Civil Veterinary Department Bihar reports 1936-40 - 1936-1940
Year: 1936
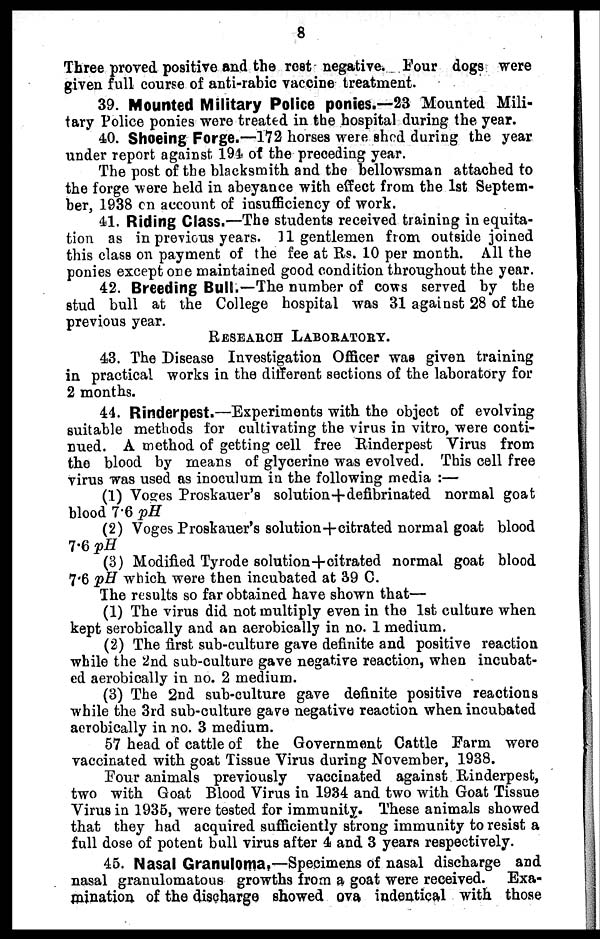
8
Three proved positive and the rest negative. Four dogs were
given full course of anti-rabic vaccine treatment.
39. Mounted Military Police ponies.—23 Mounted Mili-
tary Police ponies were treated in the hospital during the year.
40. Shoeing Forge.—172 horses were shod during the year
under report against 194 of the preceding year.
The post of the blacksmith and the bellowsman attached to
the forge were held in abeyance with effect from the 1st Septem-
ber, 1938 on account of insufficiency of work.
41. Riding Class.—The students received training in equita-
tion as in previous years. 11 gentlemen from outside joined
this class on payment of the fee at Rs. 10 per month. All the
ponies except one maintained good condition throughout the year.
42. Breeding Bull—The number of cows served by the
stud bull at the College hospital was 31 agaiust 28 of the
previous year.
RESEARCH LABORATORY.
43. The Disease Investigation Officer wa8 given training
in practical works in the different sections of the laboratory for
2 months.
44. Rinderpest.—Experiments with the object of evolving
suitable methods for cultivating the virus in vitro, were conti-
nued. A method of getting cell free Rinderpest Virus from
the blood by means of glycerine was evolved. This cell free
virus was used as inoculum in the following media :—
(1) Voges Proskauer's solution+defibrinated normal goat
blood 7.6 pH
(2) Voges Proskauer's solution+citrated normal goat blood
7.6 pH
(3) Modified Tyrode solution+citrated normal goat blood
7.6 pH which were then incubated at 39 C.
The results so far obtained have shown that—
(1) The virus did not multiply even in the 1st culture when
kept serobically and an aerobically in no. 1 medium.
(2) The first sub-culture gave definite and positive reaction
while the 2nd sub-culture gave negative reaction, when incubat-
ed aerobically in no. 2 medium.
(3) The 2nd sub-culture gave definite positive reactions
while the 3rd sub-culture gave negative reaction when incubated
aerobically in no. 3 medium.
57 head of cattle of the Government Cattle Farm were
vaccinated with goat Tissue Virus during November, 1938.
Four animals previously vaccinated against Rinderpest,
two with Goat Blood Virus in 1934 and two with Goat Tissue
Virus in 1935, were tested for immunity. These animals showed
that they had acquired sufficiently strong immunity to resist a
full dose of potent bull virus after 4 and 3 years respectively.
45. Nasal Granuloma.—Specimens of nasal discharge and
nasal granulomatous growths from a goat were received.
Exa-
mination of the discharge showed ova indentical with those